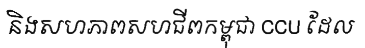
និងសហភាពសហជីពកម្ពុជា CCU ដែល